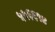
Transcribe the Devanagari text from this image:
५५६६१४